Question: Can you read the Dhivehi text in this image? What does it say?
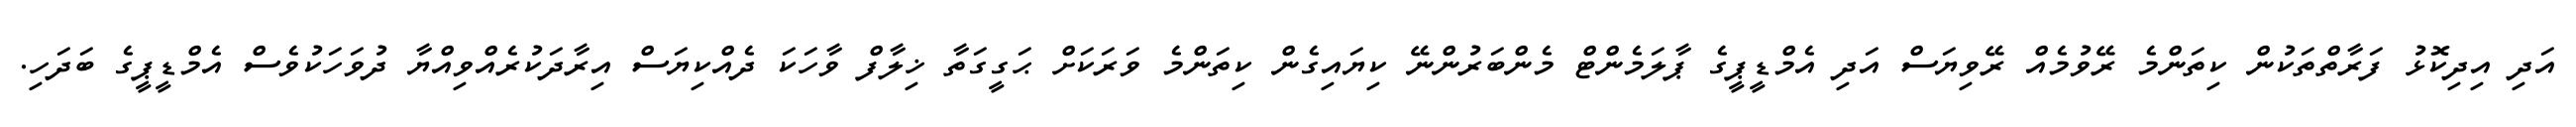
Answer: އަދި އިދިކޮޅު ފަރާތްތަކުން ކިތަންމެ ރޭވުމެއް ރޭވިޔަސް އަދި އެމްޑީޕީގެ ޕާލަމެންޓް މެންބަރުންނޭ ކިޔައިގެން ކިތަންމެ ވަރަކަށް ޙަގީގަތާ ޚިލާފް ވާހަކަ ދެއްކިޔަސް އިރާދަކުރެއްވިއްޔާ ދުވަހަކުވެސް އެމްޑީޕީގެ ބަދަހި.